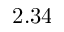
2 . 3 4